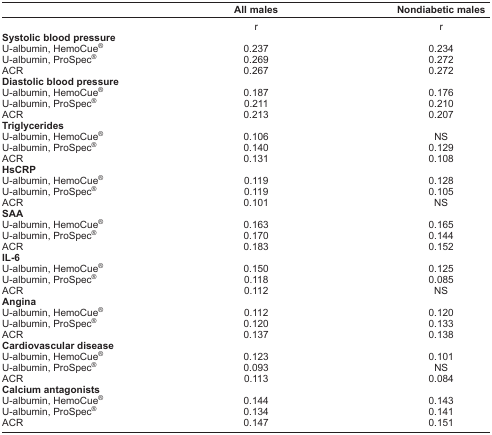
<table><thead><tr><td></td><td><b>All males</b></td><td><b>Nondiabetic males</b></td></tr></thead><tbody><tr><td></td><td>r</td><td>r</td></tr><tr><td colspan="3"><b>Systolic blood pressure</b></td></tr><tr><td>U-albumin, HemoCue<sup>®</sup></td><td>0.237</td><td>0.234</td></tr><tr><td>U-albumin, ProSpec<sup>®</sup></td><td>0.269</td><td>0.272</td></tr><tr><td>ACR</td><td>0.267</td><td>0.272</td></tr><tr><td colspan="3"><b>Diastolic blood pressure</b></td></tr><tr><td>U-albumin, HemoCue<sup>®</sup></td><td>0.187</td><td>0.176</td></tr><tr><td>U-albumin, ProSpec<sup>®</sup></td><td>0.211</td><td>0.210</td></tr><tr><td>ACR</td><td>0.213</td><td>0.207</td></tr><tr><td colspan="3"><b>Triglycerides</b></td></tr><tr><td>U-albumin, HemoCue<sup>®</sup></td><td>0.106</td><td>NS</td></tr><tr><td>U-albumin, ProSpec<sup>®</sup></td><td>0.140</td><td>0.129</td></tr><tr><td>ACR</td><td>0.131</td><td>0.108</td></tr><tr><td colspan="3"><b>HsCRP</b></td></tr><tr><td>U-albumin, HemoCue<sup>®</sup></td><td>0.119</td><td>0.128</td></tr><tr><td>U-albumin, ProSpec<sup>®</sup></td><td>0.119</td><td>0.105</td></tr><tr><td>ACR</td><td>0.101</td><td>NS</td></tr><tr><td colspan="3"><b>SAA</b></td></tr><tr><td>U-albumin, HemoCue<sup>®</sup></td><td>0.163</td><td>0.165</td></tr><tr><td>U-albumin, ProSpec<sup>®</sup></td><td>0.170</td><td>0.144</td></tr><tr><td>ACR</td><td>0.183</td><td>0.152</td></tr><tr><td colspan="3"><b>IL-6</b></td></tr><tr><td>U-albumin, HemoCue<sup>®</sup></td><td>0.150</td><td>0.125</td></tr><tr><td>U-albumin, ProSpec<sup>®</sup></td><td>0.118</td><td>0.085</td></tr><tr><td>ACR</td><td>0.112</td><td>NS</td></tr><tr><td colspan="3"><b>Angina</b></td></tr><tr><td>U-albumin, HemoCue<sup>®</sup></td><td>0.112</td><td>0.120</td></tr><tr><td>U-albumin, ProSpec<sup>®</sup></td><td>0.120</td><td>0.133</td></tr><tr><td>ACR</td><td>0.137</td><td>0.138</td></tr><tr><td colspan="3"><b>Cardiovascular disease</b></td></tr><tr><td>U-albumin, HemoCue<sup>®</sup></td><td>0.123</td><td>0.101</td></tr><tr><td>U-albumin, ProSpec<sup>®</sup></td><td>0.093</td><td>NS</td></tr><tr><td>ACR</td><td>0.113</td><td>0.084</td></tr><tr><td colspan="3"><b>Calcium antagonists</b></td></tr><tr><td>U-albumin, HemoCue<sup>®</sup></td><td>0.144</td><td>0.143</td></tr><tr><td>U-albumin, ProSpec<sup>®</sup></td><td>0.134</td><td>0.141</td></tr><tr><td>ACR</td><td>0.147</td><td>0.151</td></tr></tbody></table>